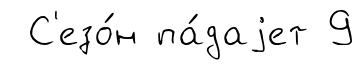
С'езо́н па́даjет 9